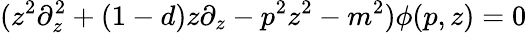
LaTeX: (z^{2}\partial_{z}^{2}+(1-d)z\partial_{z}-p^{2}z^{2}-m^{2})\phi(p,z)=0